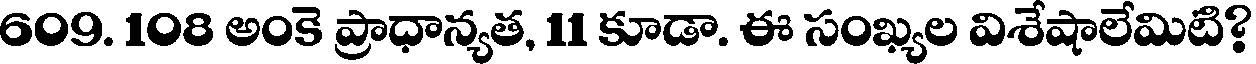
609. 108 అంకె ప్రాధాన్యత, 11 కూడా. ఈ సంఖ్యల విశేషాలేమిటి?